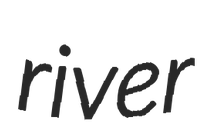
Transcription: river